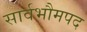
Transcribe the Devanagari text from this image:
सार्वभौमपद